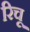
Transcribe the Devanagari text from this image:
रिचू